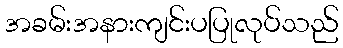
အခမ်းအနားကျင်းပပြုလုပ်သည်